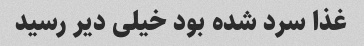
غذا سرد شده بود خیلی دیر رسید